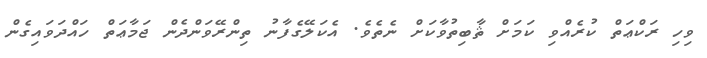
ވިހި ރަކްޢަތް ކުރެއްވި ކަމަށް ޘާބިތުވާކަށް ނެތެވެ. އެކަލޭގެފާނު ތިންރޭވަންދެން ޖަމާޢަތް ހައްދަވައިގެން